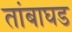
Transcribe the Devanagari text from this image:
तांबाघड